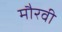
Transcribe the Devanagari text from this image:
मौरवी